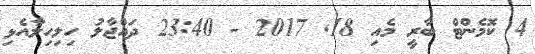
4 ކޮމެންޓް ބާރީ މެއި 18